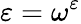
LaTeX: \varepsilon=\omega^{\varepsilon}